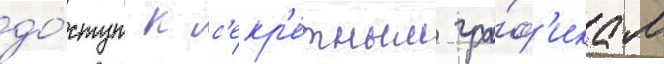
до́ступ к с'екр'е́тным гра́ф'икам